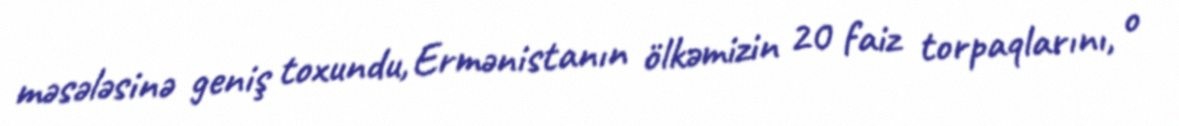
məsələsinə geniş toxundu, Ermənistanın ölkəmizin 20 faiz torpaqlarını, o